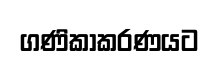
ගණිකාකරණයට